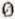
0